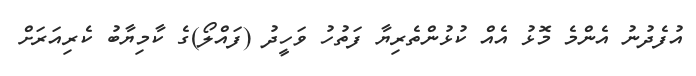
އުފެދުނު އެންމެ މޮޅު އެއް ކުޅުންތެރިޔާ ފަތުުހު ވަހީދު (ފައްލޯ)ގެ ކާމިޔާބު ކެރިއަރަށް